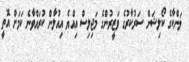
ލަންކާގެ ކޯލިޝަން ސަރުކާރުގެ ވަޒީރުންގެ މަޖިލިސް އިއްޔެ އިއުލާން ކުރައްވާނެ ކަމަށް އޮތީ